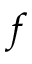
\boldsymbol { f }